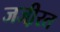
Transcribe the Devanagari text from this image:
जजी़रत